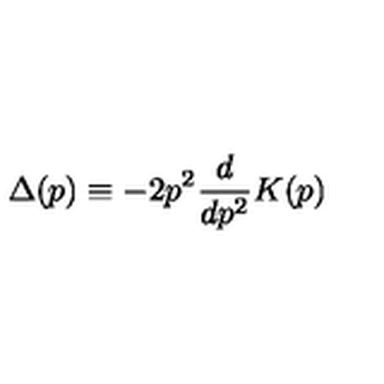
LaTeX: \Delta ( p ) \equiv - 2 p ^ { 2 } \frac { d } { d p ^ { 2 } } K ( p )